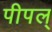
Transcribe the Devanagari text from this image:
पीपल्